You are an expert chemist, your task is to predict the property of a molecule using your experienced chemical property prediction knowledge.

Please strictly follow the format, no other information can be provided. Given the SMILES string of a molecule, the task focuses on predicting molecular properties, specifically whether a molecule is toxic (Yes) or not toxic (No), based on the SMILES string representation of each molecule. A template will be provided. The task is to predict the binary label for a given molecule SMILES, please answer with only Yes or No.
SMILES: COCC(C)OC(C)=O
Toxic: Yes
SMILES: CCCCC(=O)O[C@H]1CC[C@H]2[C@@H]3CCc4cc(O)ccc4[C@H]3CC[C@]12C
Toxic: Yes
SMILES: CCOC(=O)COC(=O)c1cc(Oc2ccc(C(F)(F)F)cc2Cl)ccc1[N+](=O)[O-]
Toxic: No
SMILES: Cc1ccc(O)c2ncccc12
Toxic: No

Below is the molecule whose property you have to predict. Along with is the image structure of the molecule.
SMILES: CCCN(CCC)c1c([N+](=O)[O-])cc(S(N)(=O)=O)cc1[N+](=O)[O-]
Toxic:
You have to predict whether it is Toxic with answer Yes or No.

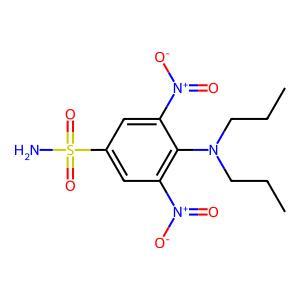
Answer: No